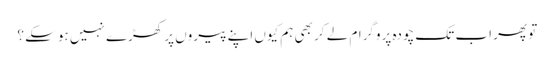
تو پھر اب تک چودہ پروگرام لے کر بھی ہم کیوں اپنے پیروں پر کھڑے نہیں ہوسکے ؟